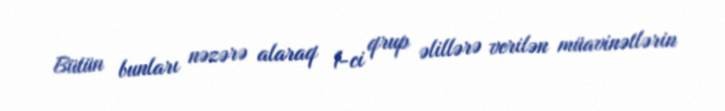
Bütün bunları nəzərə alaraq 1-ci qrup əlillərə verilən müavinətlərin